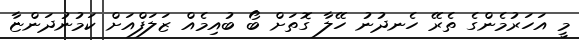
މީ އަހަރުމެންގެ ތެރޭ ހެނދުނު ހޭލާ ގޮތަށް ބޯ ބުއިމެއް ޒަލަފްއަށް ކަމުނުދަންޏާ